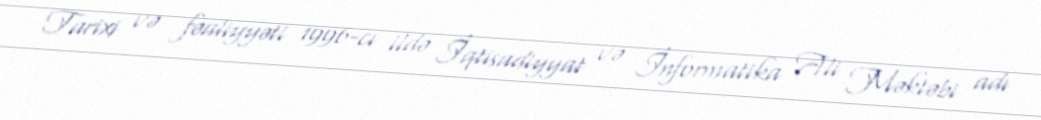
Tarixi və fəaliyyəti 1996-cı ildə İqtisadiyyat və İnformatika Ali Məktəbi adı